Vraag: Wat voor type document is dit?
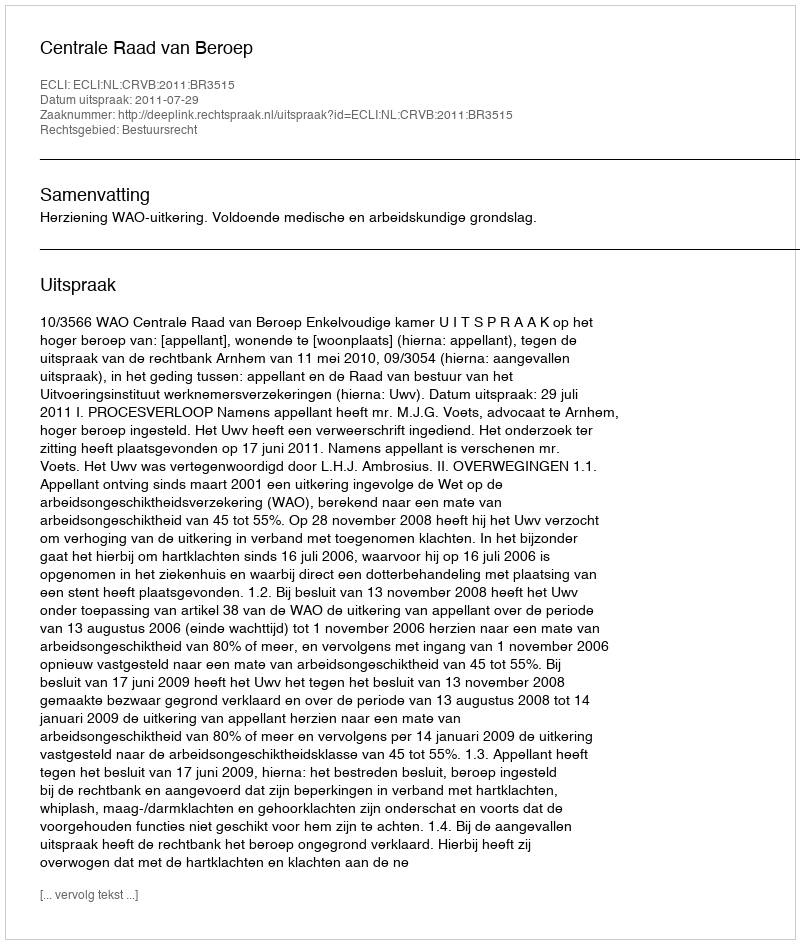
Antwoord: Uitspraak